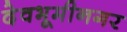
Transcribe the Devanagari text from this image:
देवभूमीनगर